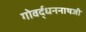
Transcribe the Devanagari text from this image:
गोवर्द्धननाथजी